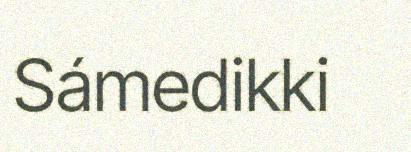
Sámedikki